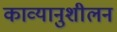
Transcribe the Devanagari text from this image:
काव्यानुशीलन